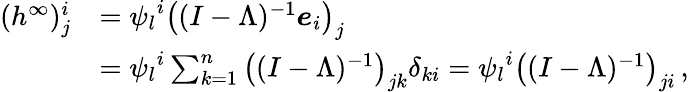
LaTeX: \begin{array}{rl}{({h^{\infty}})_{j}^{i}}&{={\psi_{l}}^{i}\big((I-\Lambda)^{-1}\boldsymbol{e}_{i}\big)_{j}}\\ &{={\psi_{l}}^{i}\sum_{k=1}^{n}\big((I-\Lambda)^{-1}\big)_{jk}\delta_{ki}={\psi_{l}}^{i}\big((I-\Lambda)^{-1}\big)_{ji}\, ,}\end{array}